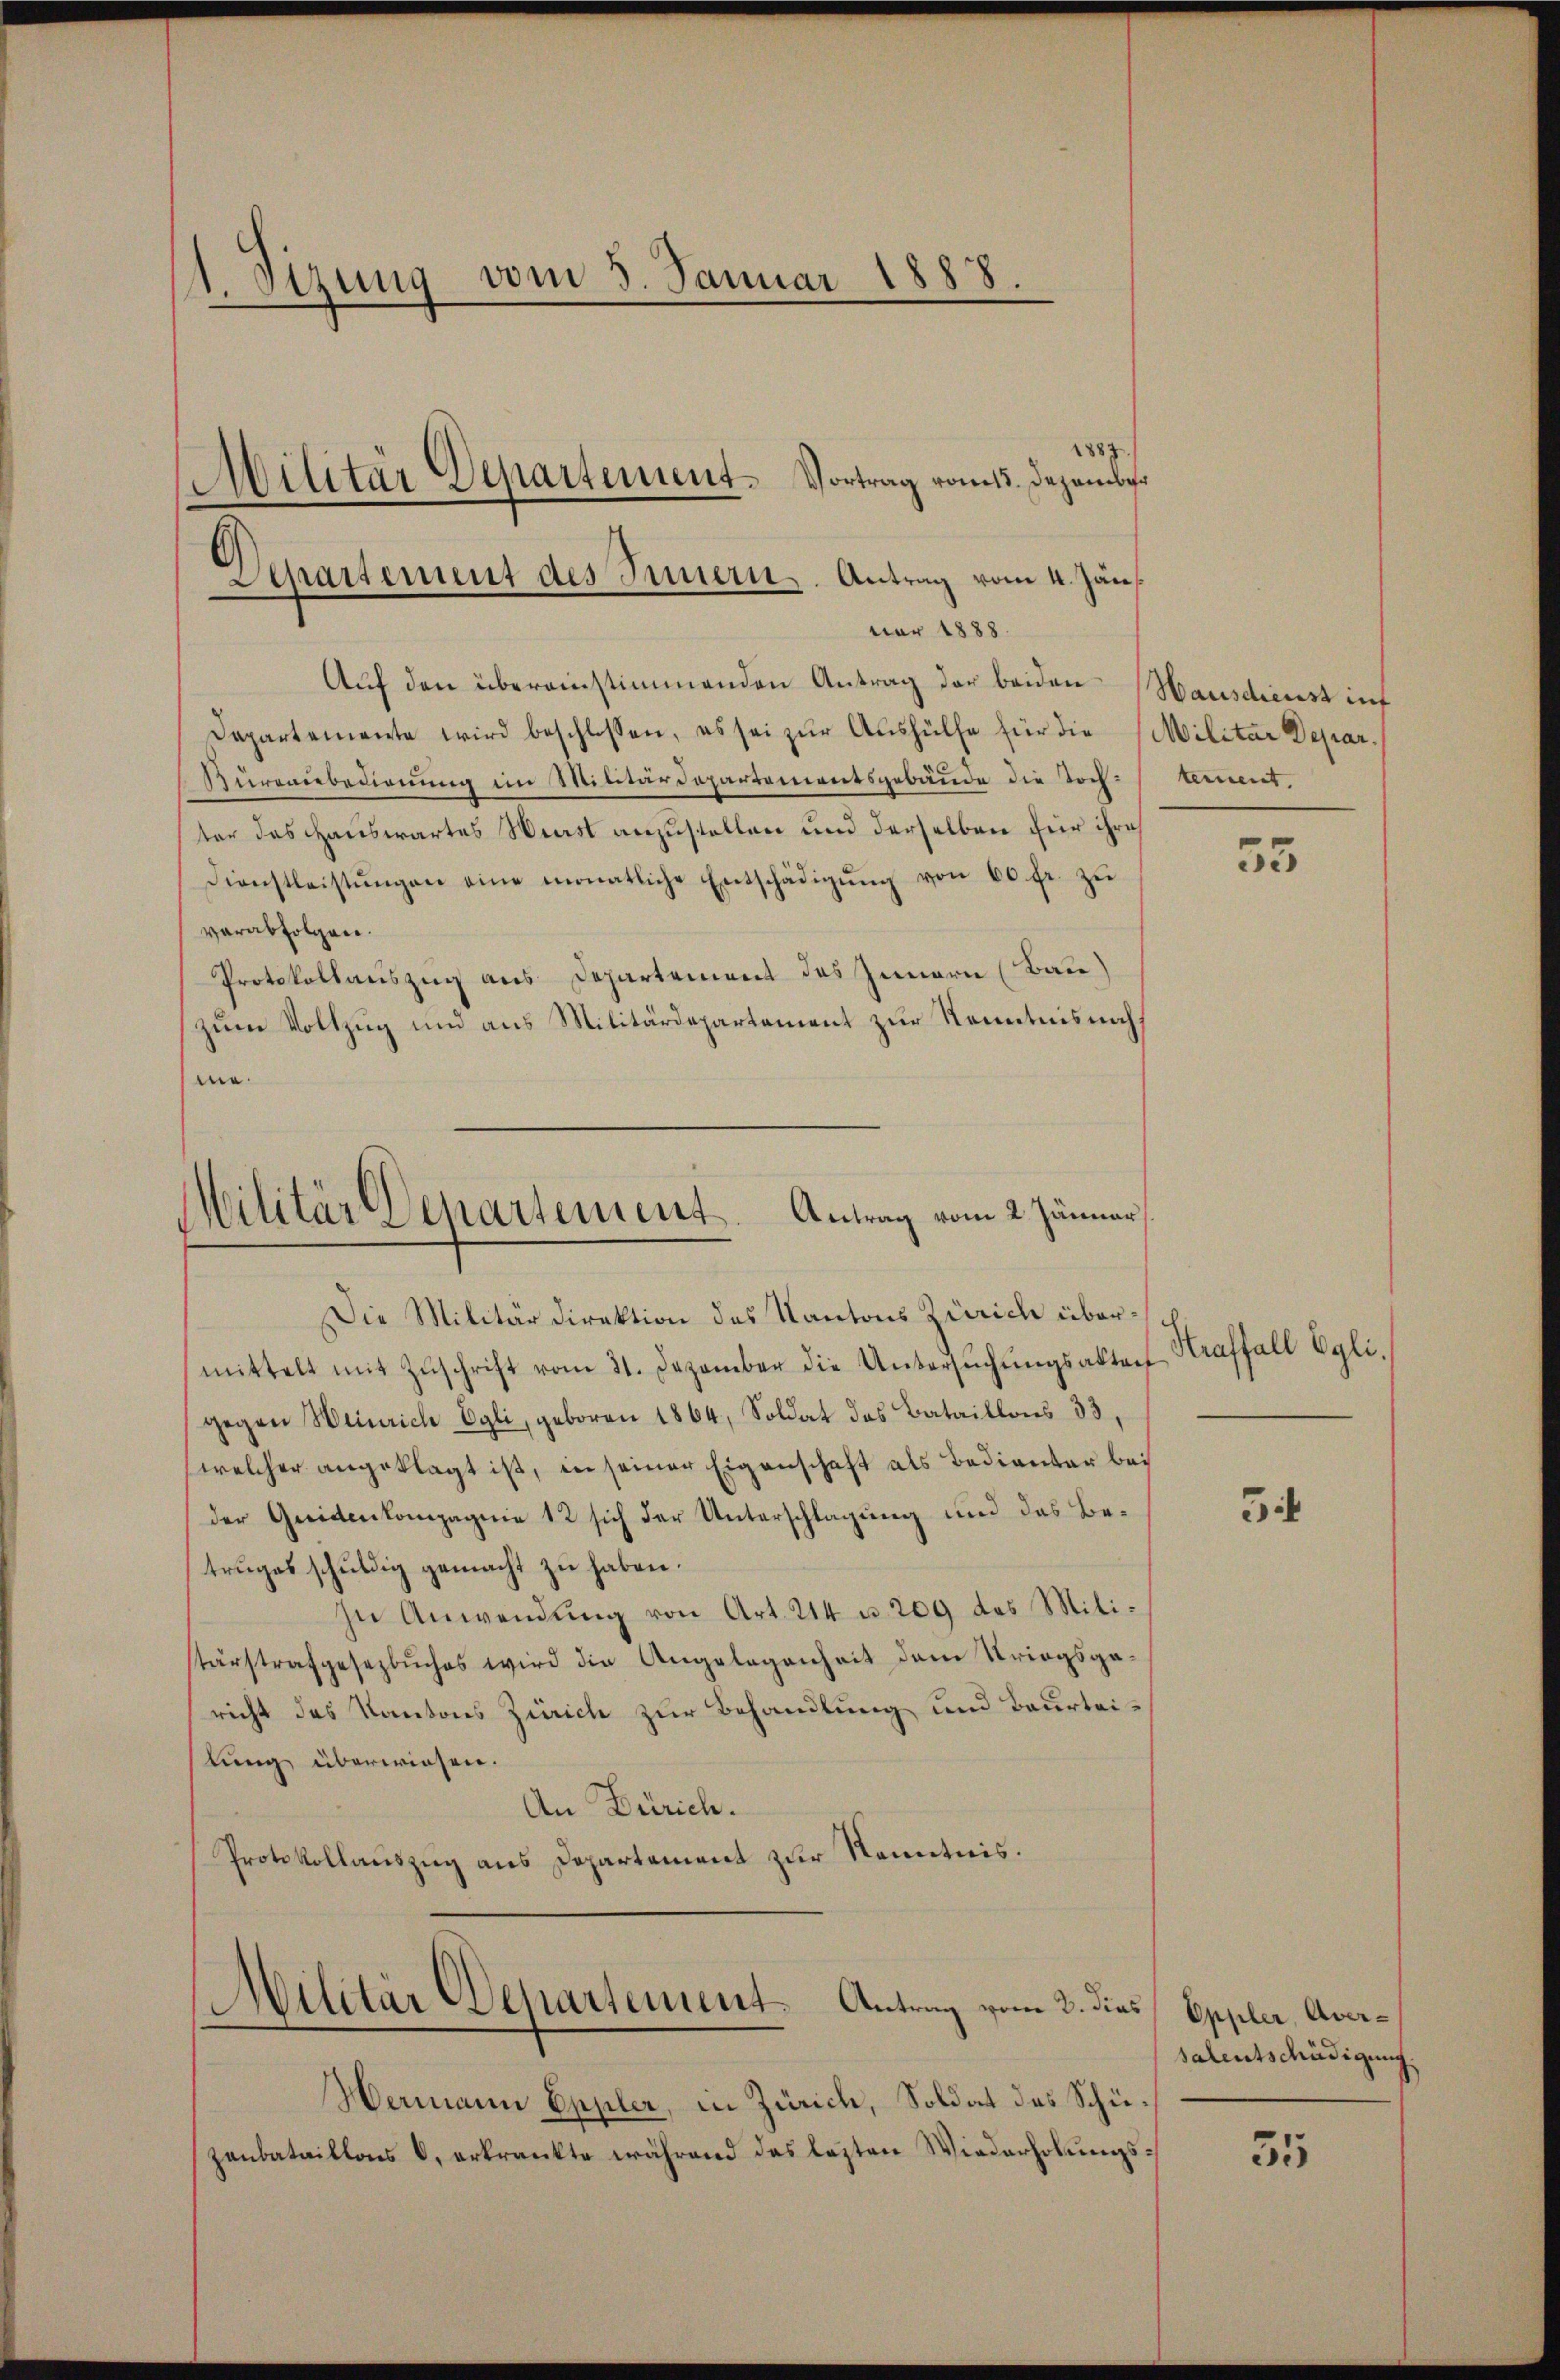
1. Stzung vom 3. Januar 1888.
Militär Departement. Vortrag vom 15. Dezember

1887
Auf den übereinstimmenden Antrag der beiden Hausdienst inf
Departemente wird beschlossen, es sei zur Aushülfe für die Militar Depar¬
Kurenbedienung im Militärdepartementsgebäude die Tochtet,
ter das Hauswartes Weist anzustellen und derselben für ihre
Dienstleistŭngen eine monatliche Entschädigŭng von 60 fr. zŭ
verabfolgen.
Protokollauszug aus Departement des Innern (Bate)
zum Vollzug und aus Militärdepartement zur Kenntnis nachh
me.
Die Militärdirektion des Kantons Zürich übermittelt mit Zŭschrift vom 21. Dezember die Untersŭchŭngsakterf
gegen Weinrich Egli, geboren 1864, Soldat das Bataillons 33,
welcher angeklagt ist, in seiner Eigenschaft als Bedientar bei
der Greidenkompagnie 12 sich der Unterschlagung und das Betruges schuldig gemacht zu haben.
In Anwendung von Art. 214 u. 209 des Milistärstrafgesezbuches wird die Angelegenheit dem Striegsgericht das Kantons Zürich zur Behandlung und Beurteilung überwiesen.
An Zürich.
Protokollauszug aus Departement zur Kenntnis.
Militär Departement. Antrag vom 2. dies Eppler, Aver¬

Departement des Innern. Antrag vom 4. Jän
nar 1888.

Militär Departement. Antrag vom 2. Jänner

Hermann Eppler, in Zürich, Soldat des Schüzanbataillons d. erkrankte während das lezten Wiederholungs¬

35

Straffall Egli.

54

salentschädigung

55